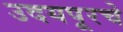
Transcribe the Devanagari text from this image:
उदयपूरचे